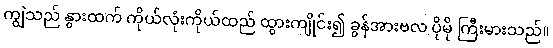
ကျွဲသည် နွားထက် ကိုယ်လုံးကိုယ်ထည် ထွားကျိုင်း၍ ခွန်အားဗလ ပိုမို ကြီးမားသည်။